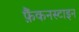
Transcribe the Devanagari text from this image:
फ़ैंकनस्टाइन